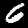
Label: 6